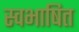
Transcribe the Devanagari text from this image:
स्वभाषित